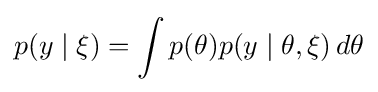
p(y\mid \xi )=\int p(\theta )p(y\mid \theta ,\xi )\,d\theta